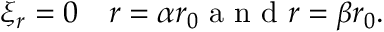
\xi _ { r } = 0 \quad r = \alpha r _ { 0 } \mathrm { ~ a ~ n ~ d ~ } r = \beta r _ { 0 } .